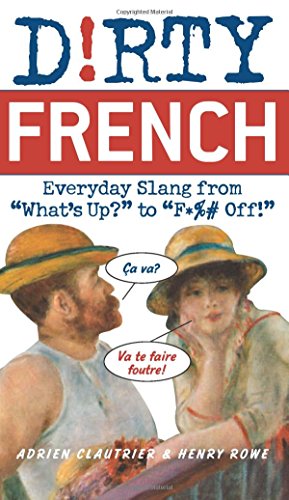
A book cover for Dirty French: Everyday Slang from "What's Up?" to "F*%# Off!" (Dirty Everyday Slang); Adrien Clautrier; Reference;